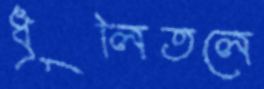
ধূলিতলে